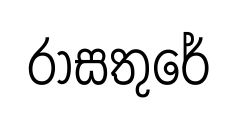
රාසතුරේ